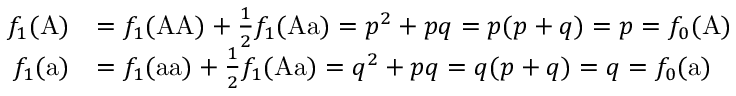
{ \begin{array} { r l } { f _ { 1 } ( { \mathrm { A } } ) } & { = f _ { 1 } ( { \mathrm { A A } } ) + { \frac { 1 } { 2 } } f _ { 1 } ( { \mathrm { A a } } ) = p ^ { 2 } + p q = p ( p + q ) = p = f _ { 0 } ( { \mathrm { A } } ) } \\ { f _ { 1 } ( { \mathrm { a } } ) } & { = f _ { 1 } ( { \mathrm { a a } } ) + { \frac { 1 } { 2 } } f _ { 1 } ( { \mathrm { A a } } ) = q ^ { 2 } + p q = q ( p + q ) = q = f _ { 0 } ( { \mathrm { a } } ) } \end{array} }